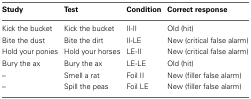
<table><thead><tr><td><b>Study</b></td><td><b>Test</b></td><td><b>Condition</b></td><td><b>Correct response</b></td></tr></thead><tbody><tr><td>Kick the bucket</td><td>Kick the bucket</td><td>II-II</td><td>Old (hit)</td></tr><tr><td>Bite the dust</td><td>Bite the dirt</td><td>II-LE</td><td>New (critical false alarm)</td></tr><tr><td>Hold your ponies</td><td>Hold your horses</td><td>LE-II</td><td>New (critical false alarm)</td></tr><tr><td>Bury the ax</td><td>Bury the ax</td><td>LE-LE</td><td>Old (hit)</td></tr><tr><td>–</td><td>Smell a rat</td><td>Foil II</td><td>New (filler false alarm)</td></tr><tr><td>–</td><td>Spill the peas</td><td>Foil LE</td><td>New (filler false alarm)</td></tr></tbody></table>